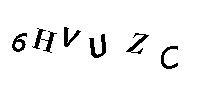
6HVUZC